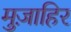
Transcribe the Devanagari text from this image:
मुज़ाहिर